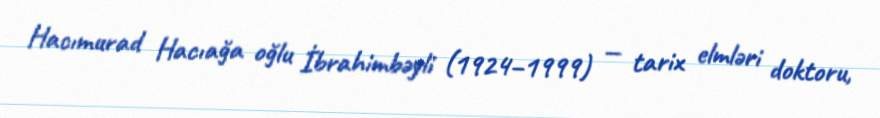
Hacımurad Hacıağa oğlu İbrahimbəyli (1924–1999) — tarix elmləri doktoru,